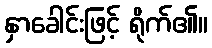
နှာခေါင်းဖြင့် ရိုက်၏။